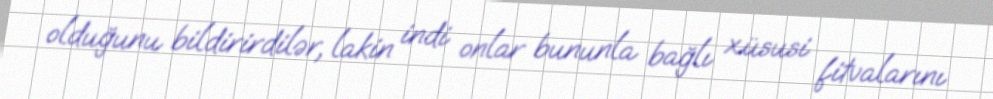
olduğunu bildirirdilər, lakin indi onlar bununla bağlı xüsusi fitvalarını